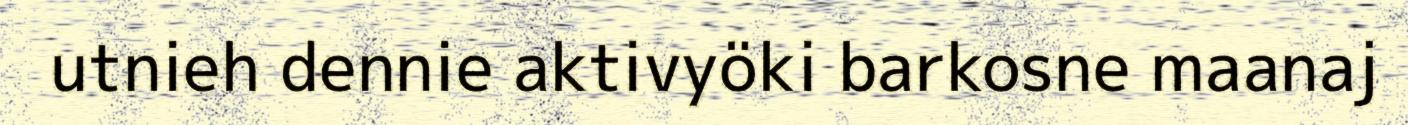
utnieh dennie aktivyöki barkosne maanaj